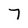
Character: 7